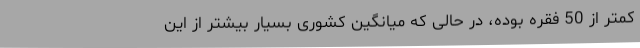
کمتر از 50 فقره بوده، در حالی که میانگین کشوری بسیار بیشتر از این